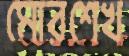
মোরশেখ